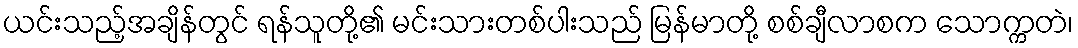
ယင်းသည့်အချိန်တွင် ရန်သူတို့၏ မင်းသားတစ်ပါးသည် မြန်မာတို့ စစ်ချီလာစက သောက္ကတဲ၊